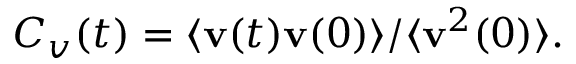
C _ { v } ( t ) = \langle { \bf v } ( t ) { \bf v } ( 0 ) \rangle / \langle { \bf v } ^ { 2 } ( 0 ) \rangle .